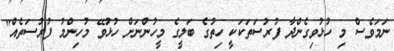
ނަމަވެސް މި ހުޅުވިގެންދާ ފުރުސަތަކަކީ ހިތުގެ ބަލީގެ މީހުންނަށް ހުޅުވޭ މުހިންމު ފުރުސަތެއް"